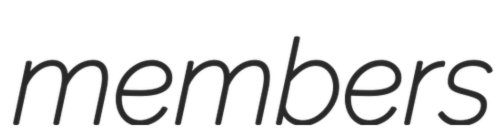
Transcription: members